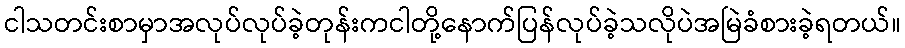
ငါသတင်းစာမှာအလုပ်လုပ်ခဲ့တုန်းကငါတို့နောက်ပြန်လုပ်ခဲ့သလိုပဲအမြဲခံစားခဲ့ရတယ်။